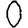
Digit: 0